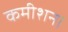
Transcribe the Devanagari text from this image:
कमीशन।